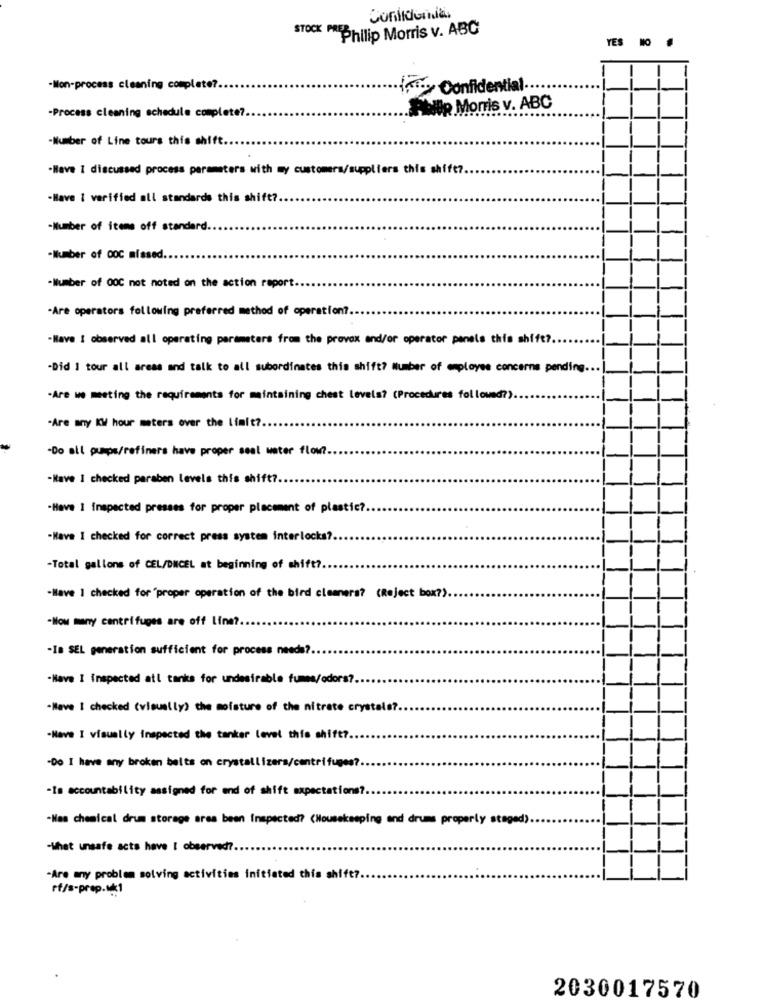
Confidomia
STOCK MEPhilip Morris v. ABC
YES . .
-Mon-process cleaning complete ?.
int ., Confidential ..
-Process cleaning schedule complete ?.
Philip Morris v. ABC
-Number of Line tours this shift.
-Have 1 discussed process parameters with my customers/suppliers this shift ?..
-Have I varified all standards this shift ?..
-Number of items off standard ..
-Number of 00C missed.
-Number of 00C not noted on the action report.
-Are operators following preferred method of operation ?.
-Have I observed all operating parameters from the provex and/or operator panels this shift ?.
-Did I tour all areas and talk to all subordinates this shift? Number of employee concerns pending.
-Are we meeting the requirements for maintaining chest levels? (Procedures followed?).
-Are any KW hour meters over the limit ?.
-Do all pumps/refiners have proper seal water flow ?.
-Have I checked paraben levels this shift ?..
-Have 1 inspected presses for proper placement of plastic?
-Have I checked for correct press system interlocks ?.
-Total gallons of CEL/DNCEL at beginning of shift ?..
-Have I checked for "proper operation of the bird cleaners? (Reject box?).
-How many centrifuges are off line?
-Is SEL generation sufficient for process needs ?.
-Have I inspected atl tanks for undesirable fumes/odors ?.
-Have I checked (visually) the moisture of the nitrate crystals ?.
-Have I visually inspected the tanker level this shift ?.
-Do I have any broken belts on crystallizers/centrifuges?
-Is accountability assigned for end of shift expectations ?.
-Has chemical drum storage area been inspected? (Housekeeping and drums properly staged).
-What unsafe acts have I observed ?.
Are any problem solving activities initiated this shift ?.
rf/s-prep.uk1
2030017570